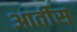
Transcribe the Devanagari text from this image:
आर्तीस